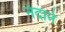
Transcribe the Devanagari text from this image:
नंदाने